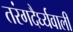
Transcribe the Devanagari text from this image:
तरंगदैर्घ्यवाली